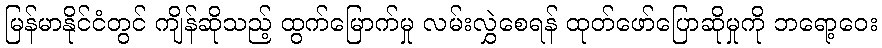
မြန်မာနိုင်ငံတွင် ကျိန်ဆိုသည့် ထွက်မြောက်မှု လမ်းလွှဲစေရန် ထုတ်ဖော်ပြောဆိုမှုကို ဘရော့ဝေး